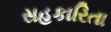
સહકારિતા